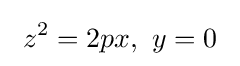
\ z^{2}=2px,\ y=0\